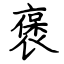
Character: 褒